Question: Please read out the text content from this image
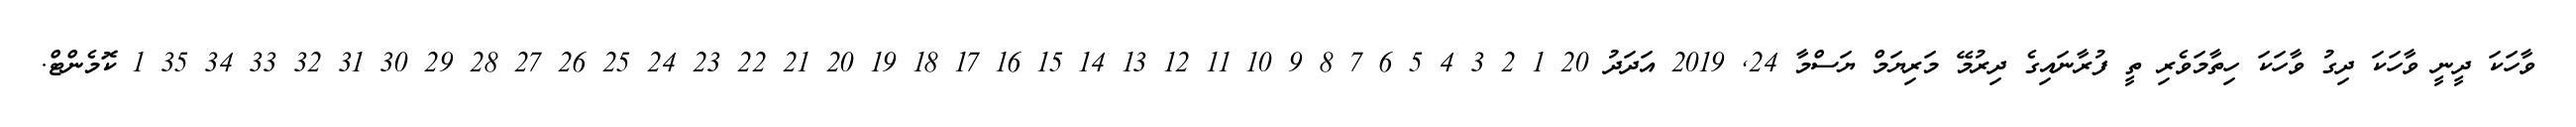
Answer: ވާހަކަ ދީނީ ވާހަކަ ދިގު ވާހަކަ ހިތާމަވެރި ތީ ފުރާނައިގެ ދިރުމޭ މަރިޔަމް ޔަސްމާ 24, 2019 އަދަދު 20 1 2 3 4 5 6 7 8 9 10 11 12 13 14 15 16 17 18 19 20 21 22 23 24 25 26 27 28 29 30 31 32 33 34 35 1 ކޮމެންޓް.